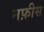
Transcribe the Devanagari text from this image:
नफ़ीस